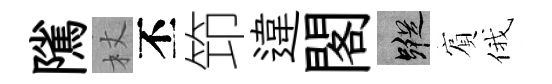
隲杖丕笻違閣蹤賔俄